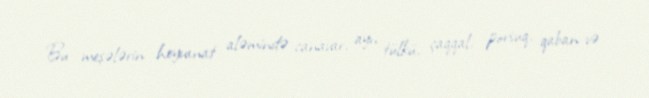
Bu meşələrin heyvanat aləmində canavar, ayı, tülkü, çaqqal, porsuq, qaban və